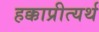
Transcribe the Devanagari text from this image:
हक्काप्रीत्यर्थ